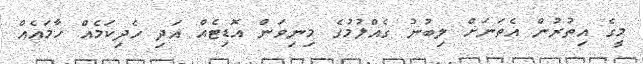
މީގެ އިތުރުން އެތަނަށް ލިބުނު ގެއްލުމުގެ މިނިވަން އޮޑިޓެއް އަދި ހެދިކަމެއް ހާމައެއް